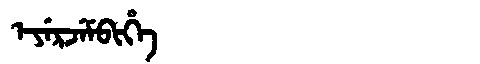
Manchu: ᡝᠶᡝᡵᠵᡝᠮᠪᡳᡥᡝ
Romanization: EYERJEMBIHE